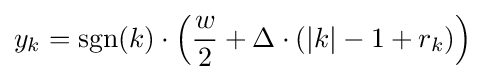
y_{k}=\operatorname {sgn} (k)\cdot \left({\frac {w}{2}}+\Delta \cdot (|k|-1+r_{k})\right)